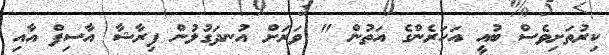
ކިރުތަށިވެސް ބުއީ އަހަރެންގެ އަތުން " ވަރަށް އުނދަގުލުން ފިރާޝާ އާސިފް އާއި